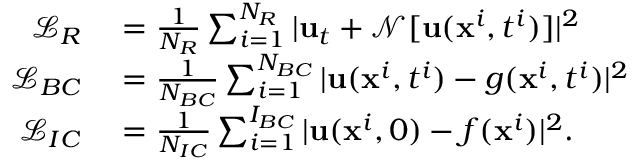
\begin{array} { r l } { \mathcal { L } _ { R } } & { { } = \frac { 1 } { N _ { R } } \sum _ { i = 1 } ^ { N _ { R } } | \mathbf { u } _ { t } + \mathcal { N } [ \mathbf { u } ( \mathbf { x } ^ { i } , t ^ { i } ) ] | ^ { 2 } } \\ { \mathcal { L } _ { B C } } & { { } = \frac { 1 } { N _ { B C } } \sum _ { i = 1 } ^ { N _ { B C } } | \mathbf { u } ( \mathbf { x } ^ { i } , t ^ { i } ) - g ( \mathbf { x } ^ { i } , t ^ { i } ) | ^ { 2 } } \\ { \mathcal { L } _ { I C } } & { { } = \frac { 1 } { N _ { I C } } \sum _ { i = 1 } ^ { I _ { B C } } | \mathbf { u } ( \mathbf { x } ^ { i } , 0 ) - f ( \mathbf { x } ^ { i } ) | ^ { 2 } . } \end{array}